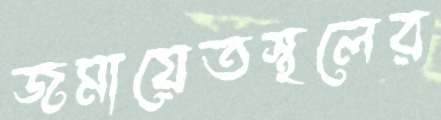
জমায়েতস্থলের